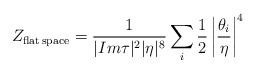
\begin{align*}Z_{\rm flat\, space} = {1\over |Im\tau|^2|\eta |^8}\sum_i{1\over 2}\left|{\theta_i\over\eta}\right|^4\end{align*}